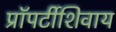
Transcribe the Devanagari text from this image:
प्रॉपर्टीशिवाय